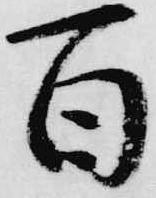
百